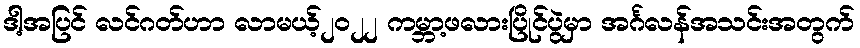
ဒါ့အပြင် လင်ဂတ်ဟာ လာမယ့်၂၀၂၂ ကမ္ဘာ့ဖလားပြိုင်ပွဲမှာ အင်္ဂလန်အသင်းအတွက်